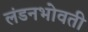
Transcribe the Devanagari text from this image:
लंडनभोवती